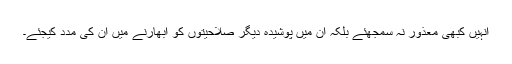
انہیں کبھی معذور نہ سمجھئے بلکہ ان میں پوشیدہ دیگر صلاحیتوں کو ابھارنے میں ان کی مدد کیجئے۔